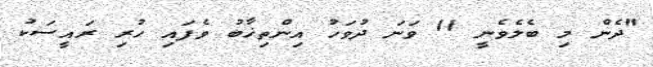
"ދެން މި ބެލެވެނީ 11 ވަނަ ދުވަހު އިންތިޚާބު ވެފައި ހުރި ރައީސަކު